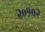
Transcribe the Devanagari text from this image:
२०१०२